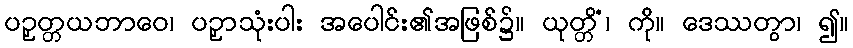
ပဉှတ္တယဘာဝေ၊ ပဉှာသုံးပါး အပေါင်း၏အဖြစ်၌။ ယုတ္တိံ၊ ကို။ ဒေဿတွာ၊ ၍။